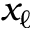
x _ { \ell }